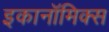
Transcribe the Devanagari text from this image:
इकानॉमिक्स